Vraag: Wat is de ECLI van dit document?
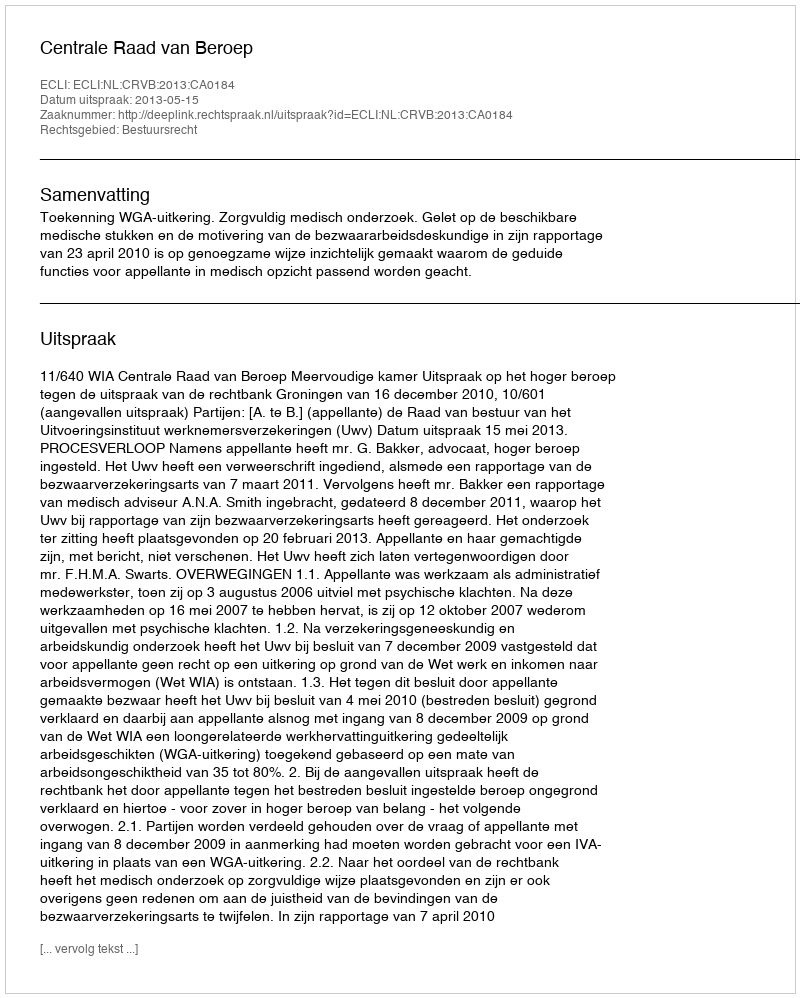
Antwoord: ECLI:NL:CRVB:2013:CA0184